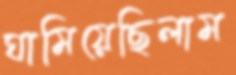
ঘামিয়েছিলাম